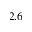
2 . 6